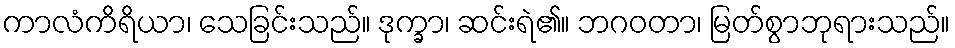
ကာလံကိရိယာ၊ သေခြင်းသည်။ ဒုက္ခာ၊ ဆင်းရဲ၏။ ဘဂဝတာ၊ မြတ်စွာဘုရားသည်။